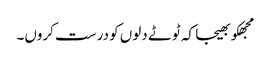
مجھکو بھیجا کہ ٹوٹے دلوں کو درست کروں۔